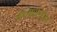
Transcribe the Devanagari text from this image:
कलाशैलीचा